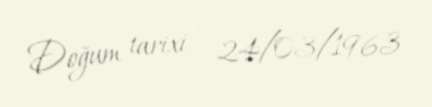
Doğum tarixi - 24/03/1963